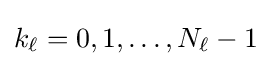
k_{\ell }=0,1,\dots ,N_{\ell }-1